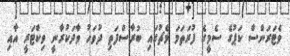
ވެޓަރަންސް ކަޕުގެ ސެމީގެ ފުރަތަމަ މެޗުގައި ބުރާސްފަތި ދުވަހު ވާދަކުރާނީ ވިކްޓަރީ އާއި